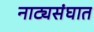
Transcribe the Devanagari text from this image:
नाट्यसंघात